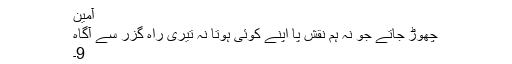
آمین
چھوڑ جاتے جو نہ ہم نقشِ پا اپنے کوئی ہوتا نہ تیری راہ گزر سے آگاہ
9۔